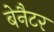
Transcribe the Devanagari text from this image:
बेनैटर